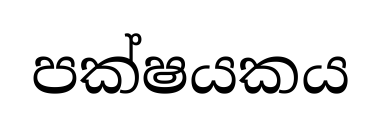
පක්ෂයකය